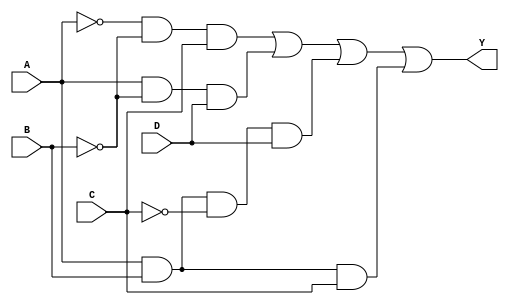
module sop_simplified (
    input wire A,  // Input A
    input wire B,  // Input B
    input wire C,  // Input C
    input wire D,  // Input D
    output wire Y  // Output Y
);

// Intermediate signals for product terms
wire p1, p2, p3, p4;

// Define the product terms based on the simplified SOP expression
// Example: Y = A'B'C + AB'D + ABC'D + ABC
assign p1 = ~A & ~B & C;   // A'B'C
assign p2 = A & ~B & D;    // AB'D
assign p3 = A & B & ~C & D; // ABC'D
assign p4 = A & B & C;     // ABC

// Combine product terms using OR operation
assign Y = p1 | p2 | p3 | p4; // Final output Y

endmodule